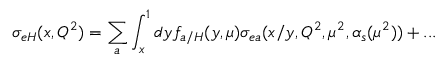
\sigma _ { e H } ( x , Q ^ { 2 } ) = \sum _ { a } \int _ { x } ^ { 1 } d y f _ { a / H } ( y , \mu ) \sigma _ { e a } ( x / y , Q ^ { 2 } , \mu ^ { 2 } , \alpha _ { s } ( \mu ^ { 2 } ) ) + . . .